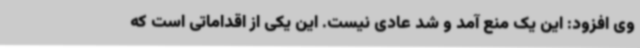
وی افزود: این یک منع آمد و شد عادی نیست. این یکی از اقداماتی است که